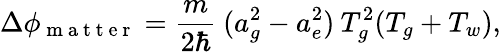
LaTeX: \Delta\phi_{\mathrm{~m~a~t~t~e~r~}}=\frac{m}{2\hbar}\: (a_{g}^{2}-a_{e}^{2})\: T_{g}^{2}(T_{g}+T_{w}),